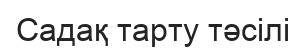
Садақ тарту тәсілі